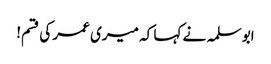
ابو سلمہ نے کہا کہ میری عمر کی قسم!